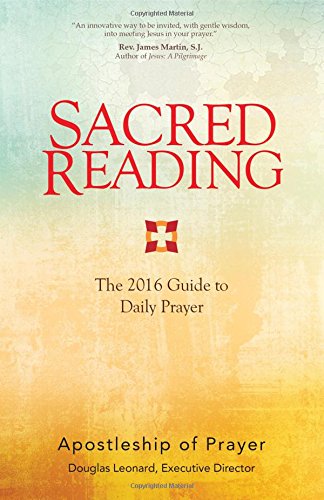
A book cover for Sacred Reading: The 2016 Guide to Daily Prayer; Apostleship of Prayer; Christian Books & Bibles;